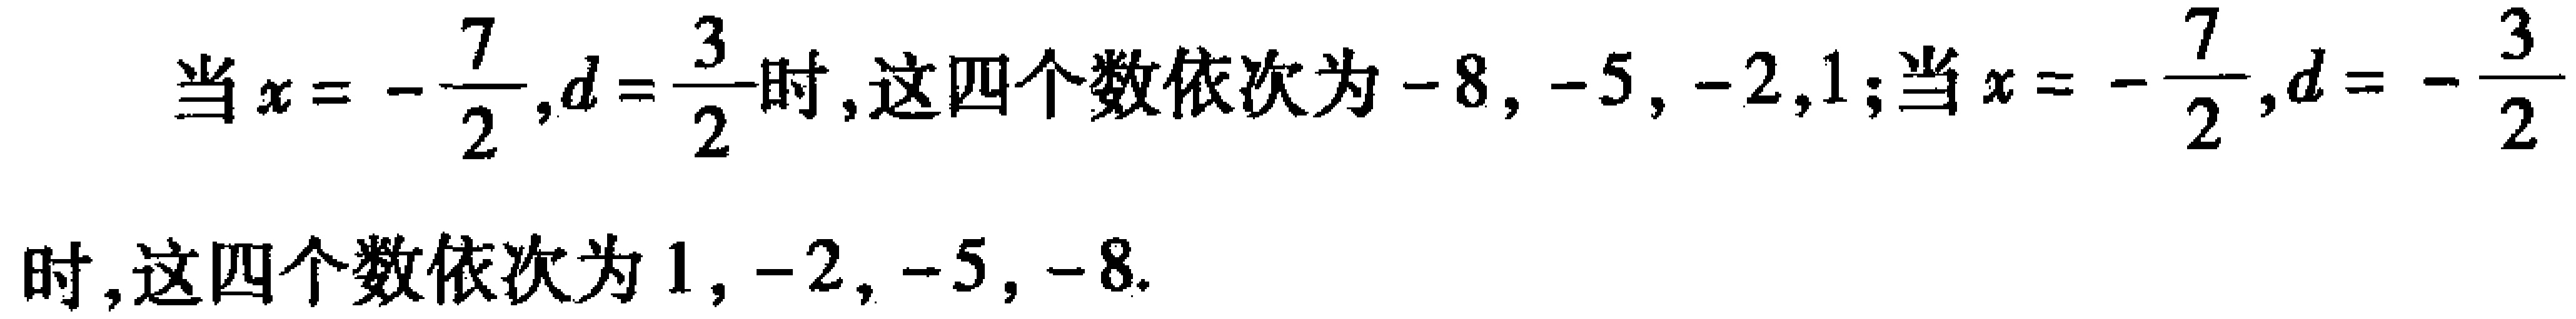
当\(x = -\frac{7}{2},d = \frac{3}{2}\)时,这四个数依次为\(-8, -5, -2,1\);当\(x = -\frac{7}{2},d = -\frac{3}{2}\)时,这四个数依次为\(1, -2, -5, -8\).